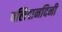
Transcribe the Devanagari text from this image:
बलिदानदिनी